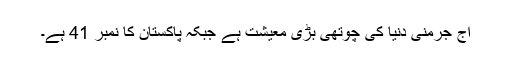
آج جرمنی دنیا کی چوتھی بڑی معیشت ہے جبکہ پاکستان کا نمبر 41 ہے۔